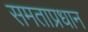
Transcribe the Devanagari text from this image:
समताप्रधान